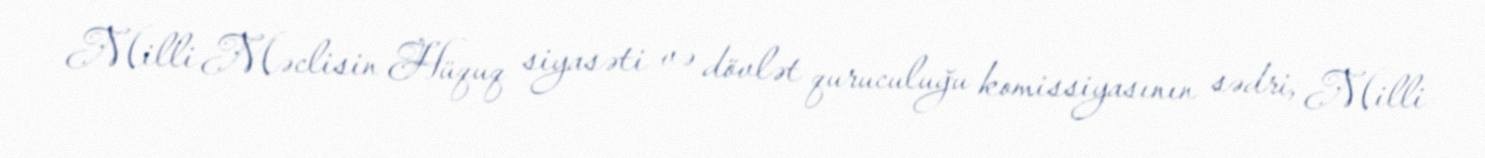
Milli Məclisin Hüquq siyasəti və dövlət quruculuğu komissiyasının sədri, Milli